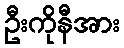
ဦးကိုနီအား